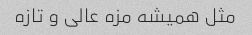
مثل همیشه مزه عالی و تازه